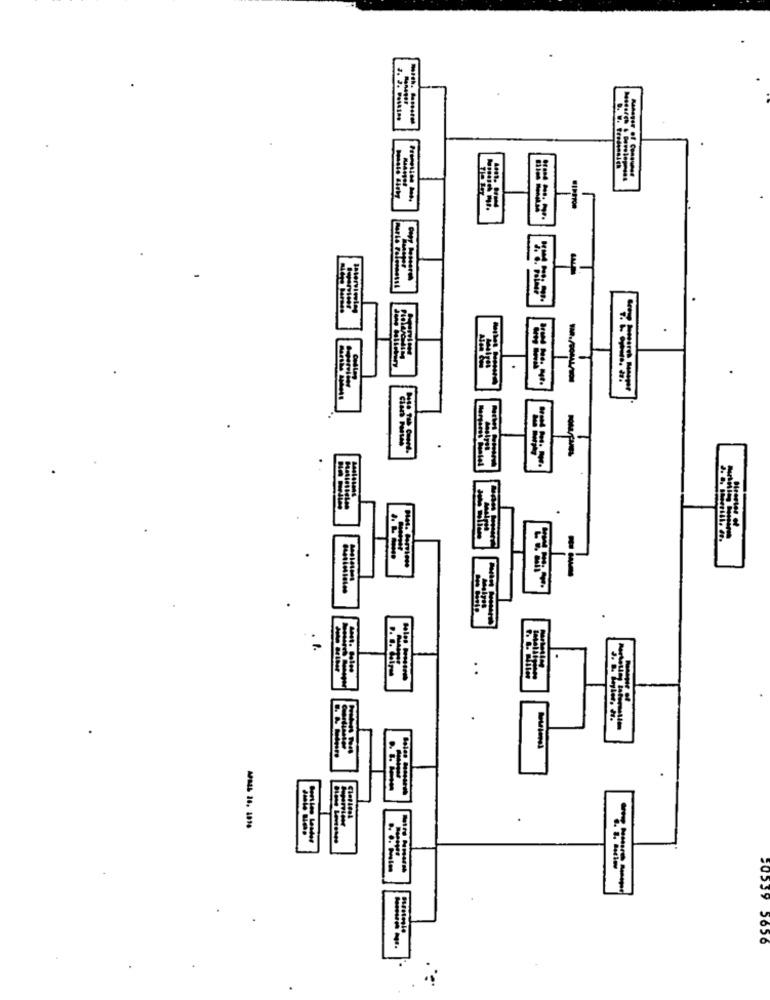
D. W. Tredenaleh
Manager of Consumed
---
-
----
20559 5656
---